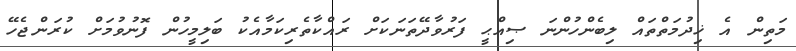
މަތިން އެ ޚިދުމަތްތައް ލިބެންހުންނަ ޞިއްޙީ ފަރުވާދޭތަނަކަށް ރައްކާތެރިކަމާއެކު ބަލިމީހުން ފޮނުވުމަށް ކުރަންޖެހޭ